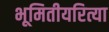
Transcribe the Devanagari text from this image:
भूमितीयरित्या